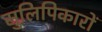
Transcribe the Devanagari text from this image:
सुलिपिकारों